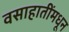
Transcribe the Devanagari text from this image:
वसाहातींमधून